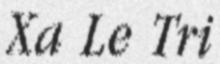
Xa Le Tri